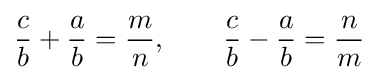
{\frac {c}{b}}+{\frac {a}{b}}={\frac {m}{n}},\quad \quad {\frac {c}{b}}-{\frac {a}{b}}={\frac {n}{m}}